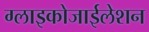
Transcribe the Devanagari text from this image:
ग्लाइकोजाईलेशन